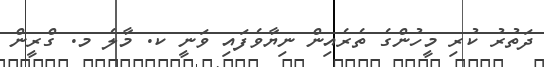
ދަތުރު ކުރި މީހުންގެ ތެރެއިން ނިޔާވެފައި ވަނީ ކ. މާލެ މ. ގްރީން